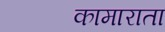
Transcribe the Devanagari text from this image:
कामाराता